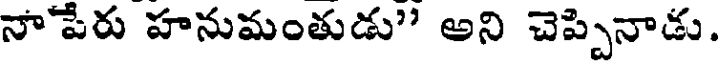
నాపేరు హనుమంతుడు" అని చెప్పినాడు.